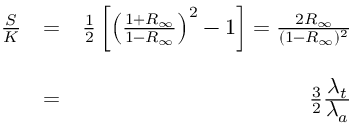
\begin{array} { r l r } { \frac { S } { K } } & { = } & { \frac { 1 } { 2 } \left[ \left( \frac { 1 + R _ { \infty } } { 1 - R _ { \infty } } \right) ^ { 2 } - 1 \right] = \frac { 2 R _ { \infty } } { ( 1 - R _ { \infty } ) ^ { 2 } } } \\ & { } & \\ & { = } & { \frac { 3 } { 2 } \frac { \displaystyle \lambda _ { t } } { \displaystyle \lambda _ { a } } } \end{array}